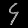
Digit: ၄